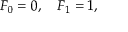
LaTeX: F _ { 0 } = 0 , \quad F _ { 1 } = 1 ,